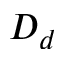
D _ { d }